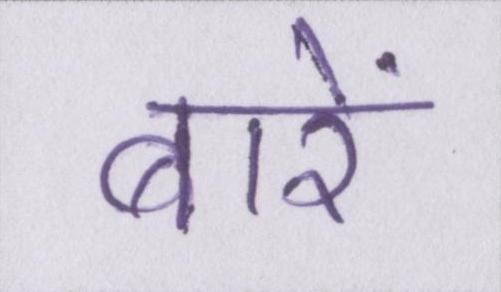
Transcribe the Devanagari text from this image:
बारें